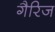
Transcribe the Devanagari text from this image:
गैरिज